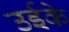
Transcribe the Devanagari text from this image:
उईके